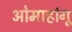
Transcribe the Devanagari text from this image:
ओमाहांगू